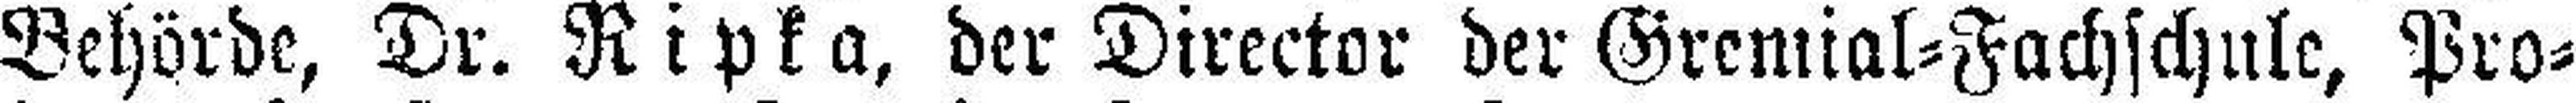
Behörde, Dr. Ripka, der Director der Gremial=Fachschule, Pro¬